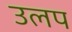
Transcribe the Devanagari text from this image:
उलप